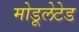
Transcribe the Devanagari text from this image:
मोडूलेटेड